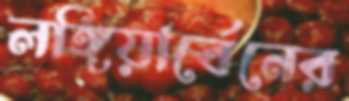
লঙ্গিয়ার্বেনের